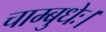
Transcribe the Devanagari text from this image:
चाम्बुधेः।